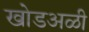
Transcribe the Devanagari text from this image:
खोडअळी